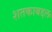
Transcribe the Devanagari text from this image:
शतकाबद्दल